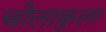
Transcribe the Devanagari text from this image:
चोलाकुला